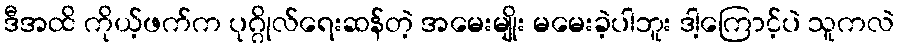
ဒီအထိ ကိုယ့်ဖက်က ပုဂ္ဂိုလ်ရေးဆန်တဲ့ အမေးမျိုး မမေးခဲ့ပါဘူး ဒါ့ကြောင့်ပဲ သူကလဲ